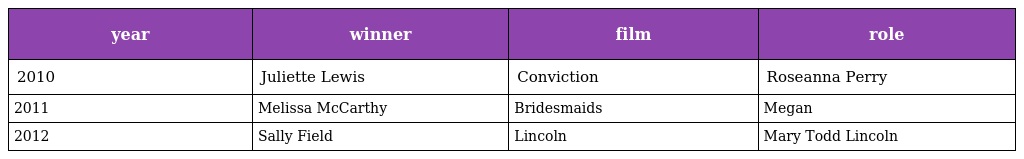
| year | winner | film | role |
 | --- | --- | --- | --- |
 | 2010 | Juliette Lewis | Conviction | Roseanna Perry |
 | 2011 | Melissa McCarthy | Bridesmaids | Megan |
 | 2012 | Sally Field | Lincoln | Mary Todd Lincoln |